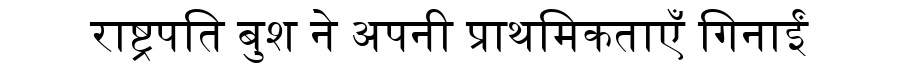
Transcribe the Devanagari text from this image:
राष्ट्रपति बुश ने अपनी प्राथमिकताएँ गिनाईं